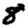
Digit: 8